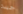
جيده